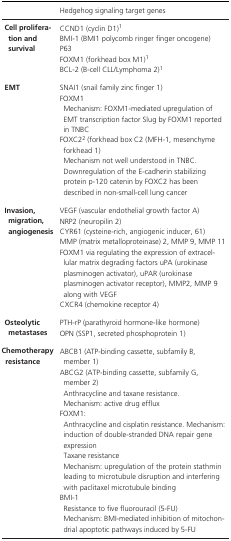
<table><thead><tr><td></td><td><b>Hedgehog signaling target genes</b></td></tr></thead><tbody><tr><td rowspan="5"><b>Cell proliferation and survival</b></td><td>CCND1 (cyclin D1)a</td></tr><tr><td>BMI‐1 (BMI1 polycomb ringer finger oncogene)</td></tr><tr><td>P63</td></tr><tr><td>FOXM1 (forkhead box M1)a</td></tr><tr><td>BCL‐2 (B‐cell CLL/Lymphoma 2)a</td></tr><tr><td rowspan="3"><b>EMT</b></td><td>SNAI1 (snail family zinc finger 1)</td></tr><tr><td>FOXM1Mechanism: FOXM1‐mediated upregulation of EMT transcription factor Slug by FOXM1 reported in TNBC</td></tr><tr><td>FOXC2a (forkhead box C2 (MFH‐1, mesenchyme forkhead 1)Mechanism not well understood in TNBC. Downregulation of the E‐cadherin stabilizing protein p‐120 catenin by FOXC2 has been described in non‐small‐cell lung cancer</td></tr><tr><td rowspan="6"><b>Invasion, migration, angiogenesis</b></td><td>VEGF (vascular endothelial growth factor A)</td></tr><tr><td>NRP2 (neuropilin 2)</td></tr><tr><td>CYR61 (cysteine‐rich, angiogenic inducer, 61)</td></tr><tr><td>MMP (matrix metalloproteinase) 2, MMP 9, MMP 11</td></tr><tr><td>FOXM1 via regulating the expression of extracellular matrix degrading factors uPA (urokinase plasminogen activator), uPAR (urokinase plasminogen activator receptor), MMP2, MMP 9 along with VEGF</td></tr><tr><td>CXCR4 (chemokine receptor 4)</td></tr><tr><td rowspan="2"><b>Osteolytic metastases</b></td><td>PTH‐rP (parathyroid hormone‐like hormone)</td></tr><tr><td>OPN (SSP1, secreted phosphoprotein 1)</td></tr><tr><td rowspan="4"><b>Chemotherapy resistance</b></td><td>ABCB1 (ATP‐binding cassette, subfamily B, member 1)</td></tr><tr><td>ABCG2 (ATP‐binding cassette, subfamily G, member 2)Anthracycline and taxane resistance.Mechanism: active drug efflux</td></tr><tr><td>FOXM1:Anthracycline and cisplatin resistance. Mechanism: induction of double‐stranded DNA repair gene expressionTaxane resistanceMechanism: upregulation of the protein stathmin leading to microtubule disruption and interfering with paclitaxel microtubule binding</td></tr><tr><td>BMI‐1Resistance to five fluorouracil (5‐FU)Mechanism: BMI‐mediated inhibition of mitochondrial apoptotic pathways induced by 5‐FU</td></tr></tbody></table>